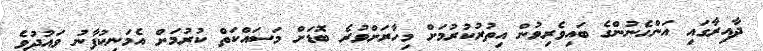
ދާއިރާގައި އަންހެނުންގެ ބައިވެރިވުން އިތުރުކުރުމަށް މިހާރަށްވުރެ ބޮޑަށް މަސައްކަތް ކުރުމަށް އެމަނިކުފާނު ވައުދުވެ